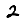
Digit: 2